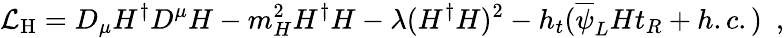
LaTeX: {\cal L}_{\mathrm{H}}=D_{\mu}H^{\dagger}D^{\mu}H-m_{H}^{2}H^{\dagger}H-\lambda(H^{\dagger}H)^{2}-h_{t}(\overline{{{\psi}}}_{L}Ht_{R}+h.c.)\, \, \, ,